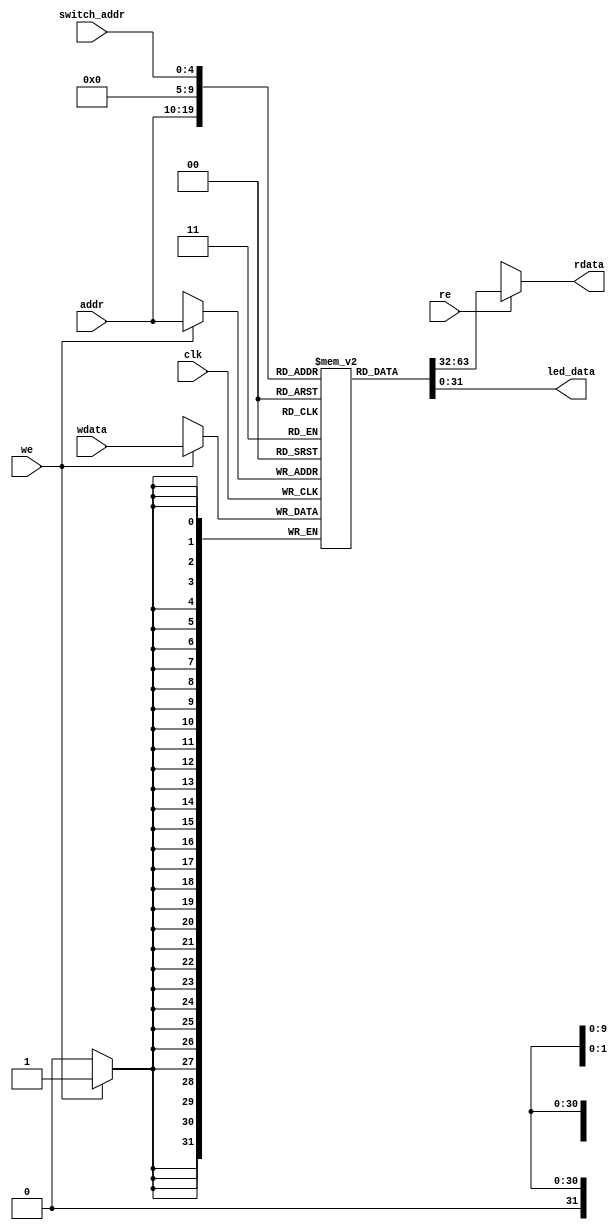
/**
 * @module dmem
 * @brief data cache memory (RAM)
 * @param DATA_WIDTH data width
 * @param BUS_WIDTH bus width
 * @input clk clock signal
 * @input re read enable signal
 * @input we write enable signal
 * @input addr memory address
 * @input wdata data write into memory
 * @output rdata data read out from memory
 */
module dmem
#(parameter DATA_WIDTH = 32, BUS_WIDTH = 10)
(
    input clk,
    input re,
    input we,
    input [BUS_WIDTH-1:0] addr,
    input [DATA_WIDTH-1:0] wdata,
    input [4:0] switch_addr,
    output [DATA_WIDTH-1:0] rdata,
    output [DATA_WIDTH-1:0] led_data
);

    reg [DATA_WIDTH-1:0] RAM [0:(2**BUS_WIDTH)-1];

    always @ (posedge clk) begin
        if (we) begin
            RAM[addr] <= wdata;
        end
    end
    
    assign rdata = re ? RAM[addr] : {(DATA_WIDTH-1){1'bx}};
    assign led_data = RAM[switch_addr];
    
endmodule // dmem